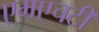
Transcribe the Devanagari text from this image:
एमएचटी